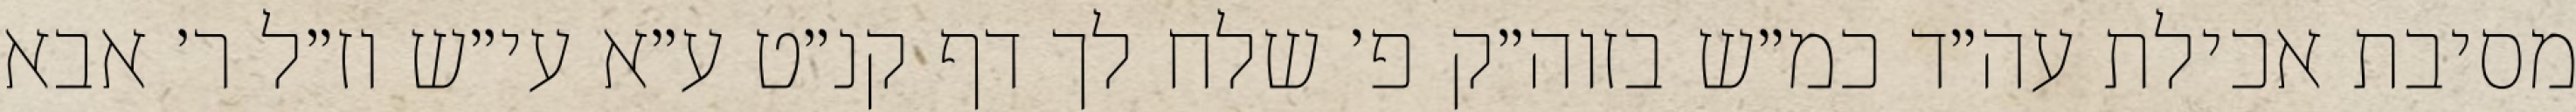
מסיבת אכילת עה״ד כמ״ש בזוה״ק פ׳ שלח לך דף קנ״ט ע״א עי״ש וז״ל ר׳ אבא